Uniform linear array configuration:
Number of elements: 48
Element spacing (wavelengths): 0.5
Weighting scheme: kaiser
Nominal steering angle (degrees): -45
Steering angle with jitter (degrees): -45.002
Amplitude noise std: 0.05
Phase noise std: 0.05

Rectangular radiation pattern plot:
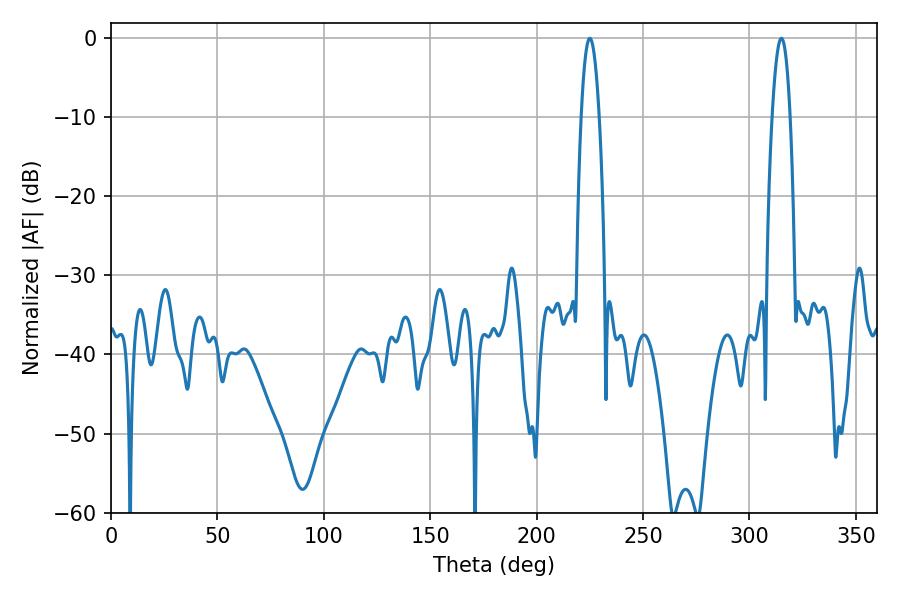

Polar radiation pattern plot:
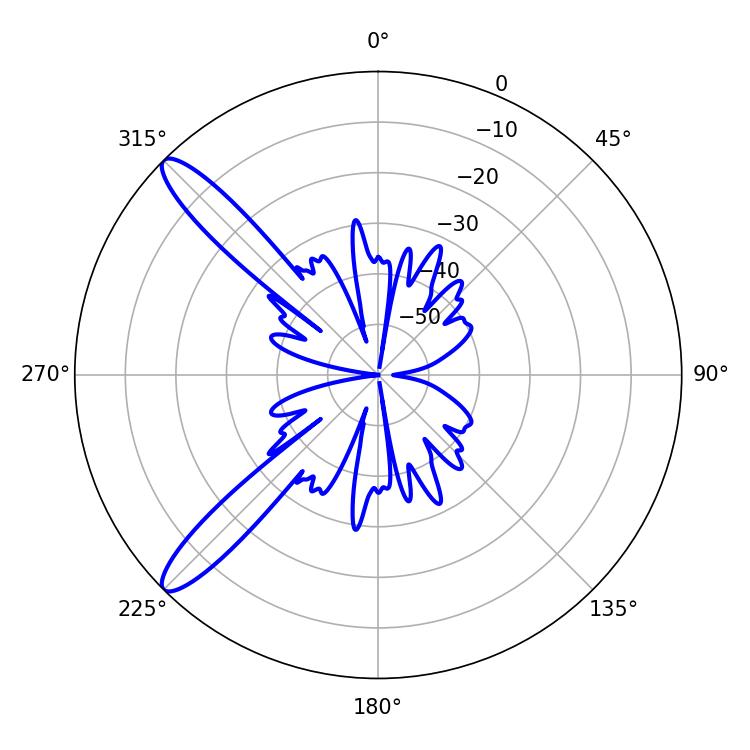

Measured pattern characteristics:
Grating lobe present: FALSE
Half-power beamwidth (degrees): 4.68
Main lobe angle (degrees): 225